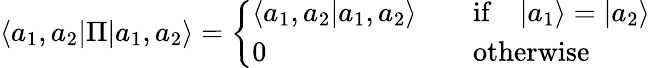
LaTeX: {}\langle a_{1},a_{2}|\Pi|a_{1},a_{2}\rangle=\left\{ \begin{array}{ll}{{\langle a_{1},a_{2}|a_{1},a_{2}\rangle}}&{{\quad\mathrm{if}\quad|a_{1}\rangle=|a_{2}\rangle}}\\ {{0}}&{{\quad\mathrm{otherwise}}}\end{array}\right.